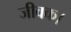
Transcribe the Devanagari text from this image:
जीवक।